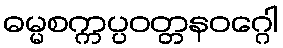
ဓမ္မစက္ကပ္ပဝတ္တနဝဂ္ဂေါ